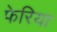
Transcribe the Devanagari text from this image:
फेरिया